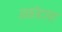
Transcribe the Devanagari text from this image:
डकोटास